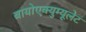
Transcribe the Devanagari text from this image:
बायोएक्युम्यूलेट